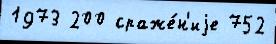
1973 200 сраже́н'иjе 752